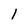
Character: 1